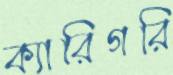
ক্যারিগরি